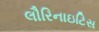
લૌરિનાઇટિસ